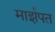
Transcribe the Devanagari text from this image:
मार्झपत